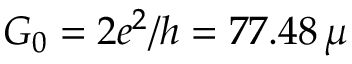
G _ { 0 } = 2 e ^ { 2 } / h = 7 7 . 4 8 \, \mu